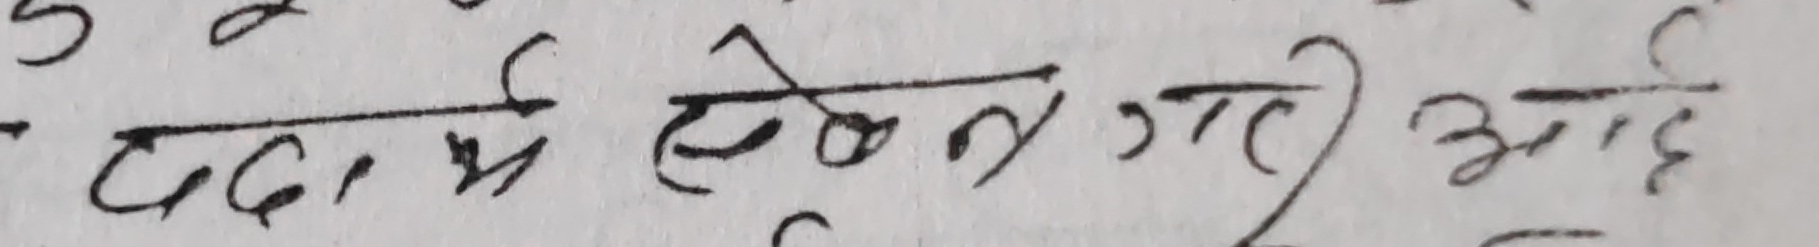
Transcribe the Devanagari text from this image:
पदाले लेखन गरी आहै